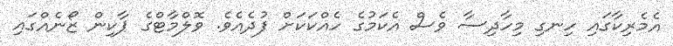
އެމެރިކާގައި ހިނގި މިހާދިސާ ވެސް އެކަމުގެ ހެއްކަކަށް ފުދެއެވެ. ވޮލްމާޓްގެ ޕާކިން ޒޯނެއްގައި